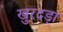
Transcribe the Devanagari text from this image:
खुरदड़ा